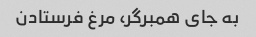
به جای همبرگر، مرغ فرستادن